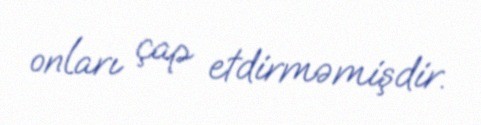
onları çap etdirməmişdir.